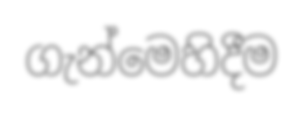
ගැන්මෙහිදීම